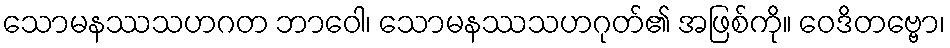
သောမနဿသဟဂတ ဘာဝေါ၊ သောမနဿသဟဂုတ်၏ အဖြစ်ကို။ ဝေဒိတဗ္ဗော၊